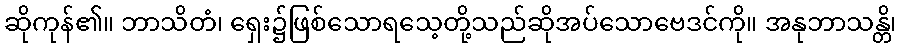
ဆိုကုန်၏။ ဘာသိတံ၊ ရှေး၌ဖြစ်သောရသေ့တို့သည်ဆိုအပ်သောဗေဒင်ကို။ အနုဘာသန္တိ၊